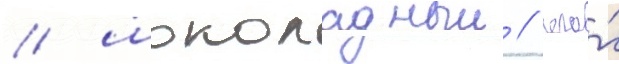
/ шоколадныи / его́